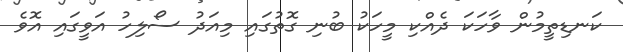
ކަނޑިތީމުން ވާހަކަ ދެއްކި މީހަކު ބުނި ގޮތުގައި މިއަދު ސޯލިހު އަވީގައި އޮވެ